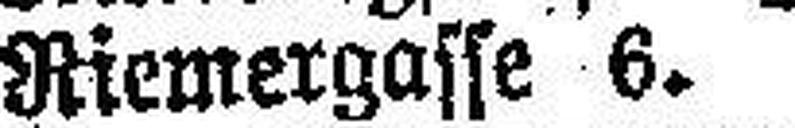
Riemergasse 6